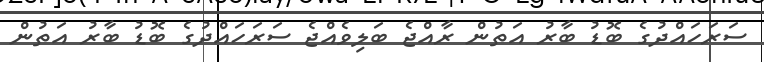
ސަރަހައްދުގެ ބޮޑު ބާރު އަތުން ރާއްޖެ ބަލިވެއްޖެ ސަރަހައްދުގެ ބޮޑު ބާރު އަތުން